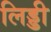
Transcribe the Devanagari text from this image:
लिड्डी